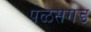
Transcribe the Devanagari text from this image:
पळसगड